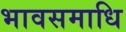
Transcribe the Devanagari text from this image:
भावसमाधि